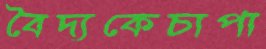
বৈদ্যকেচাপা